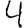
Digit: 4